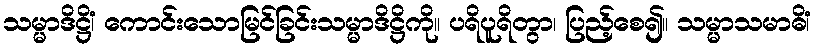
သမ္မာဒိဋ္ဌိံ၊ ကောင်းသောမြင်ခြင်းသမ္မာဒိဋ္ဌိကို။ ပရိပူရိတွာ၊ ပြည့်စေ၍။ သမ္မာသမာဓိံ၊